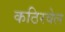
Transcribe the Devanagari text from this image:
कठिरवेल